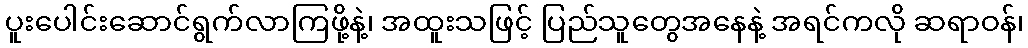
ပူးပေါင်းဆောင်ရွက်လာကြဖို့နဲ့၊ အထူးသဖြင့် ပြည်သူတွေအနေနဲ့ အရင်ကလို ဆရာဝန်၊